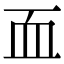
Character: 𮕜